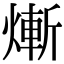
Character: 𤍖